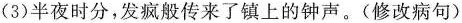
(3)半夜时分，发疯般传来了镇上的钟声。(修改病句)